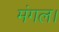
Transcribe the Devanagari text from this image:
मंगल।